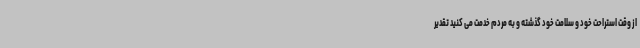
از وقت استراحت خود و سلامت خود گذشته و به‌ مردم خدمت می کنید تقدیر